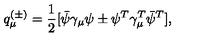
q _ { \mu } ^ { ( \pm ) } = \frac { 1 } { 2 } [ \bar { \psi } \gamma _ { \mu } \psi \pm \psi ^ { T } \gamma _ { \mu } ^ { T } \bar { \psi } ^ { T } ] ,